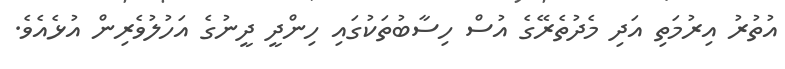
އުތުރު އިރުމަތި އަދި މެދުތެރޭގެ އުސް ހިސާބުތަކުގައި ހިންދީ ދީނުގެ އަހުލުވެރިން އުޅެއެވެ.